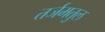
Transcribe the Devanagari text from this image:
तर्जमतुल